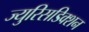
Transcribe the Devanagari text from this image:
ज्युरिसडिक्शन